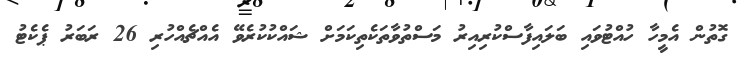
ގޮތުން އެމީހާ ހުއްޓުވައި ބަލައިފާސްކުރިއިރު މަސްތުވާތަކެތިކަމަށް ޝައްކުކުރެވޭ އެއްޗެއްހުރި 26 ރަބަރު ޕެކެޓު